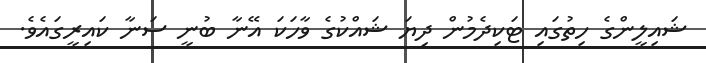
ޝައިލީންގެ ހިތުގައި ޓަކިދެމުން ދިޔަ ޝައްކުގެ ވާހަކަ އޭނާ ބުނީ ސަނާ ކައިރީގައެވެ.